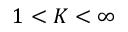
1 < K < \infty